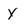
Character: y